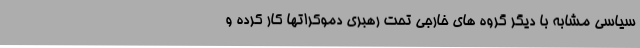
سیاسی مشابه با دیگر گروه های خارجی تحت رهبری دموکراتها کار کرده و